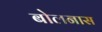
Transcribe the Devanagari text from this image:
बोलनास